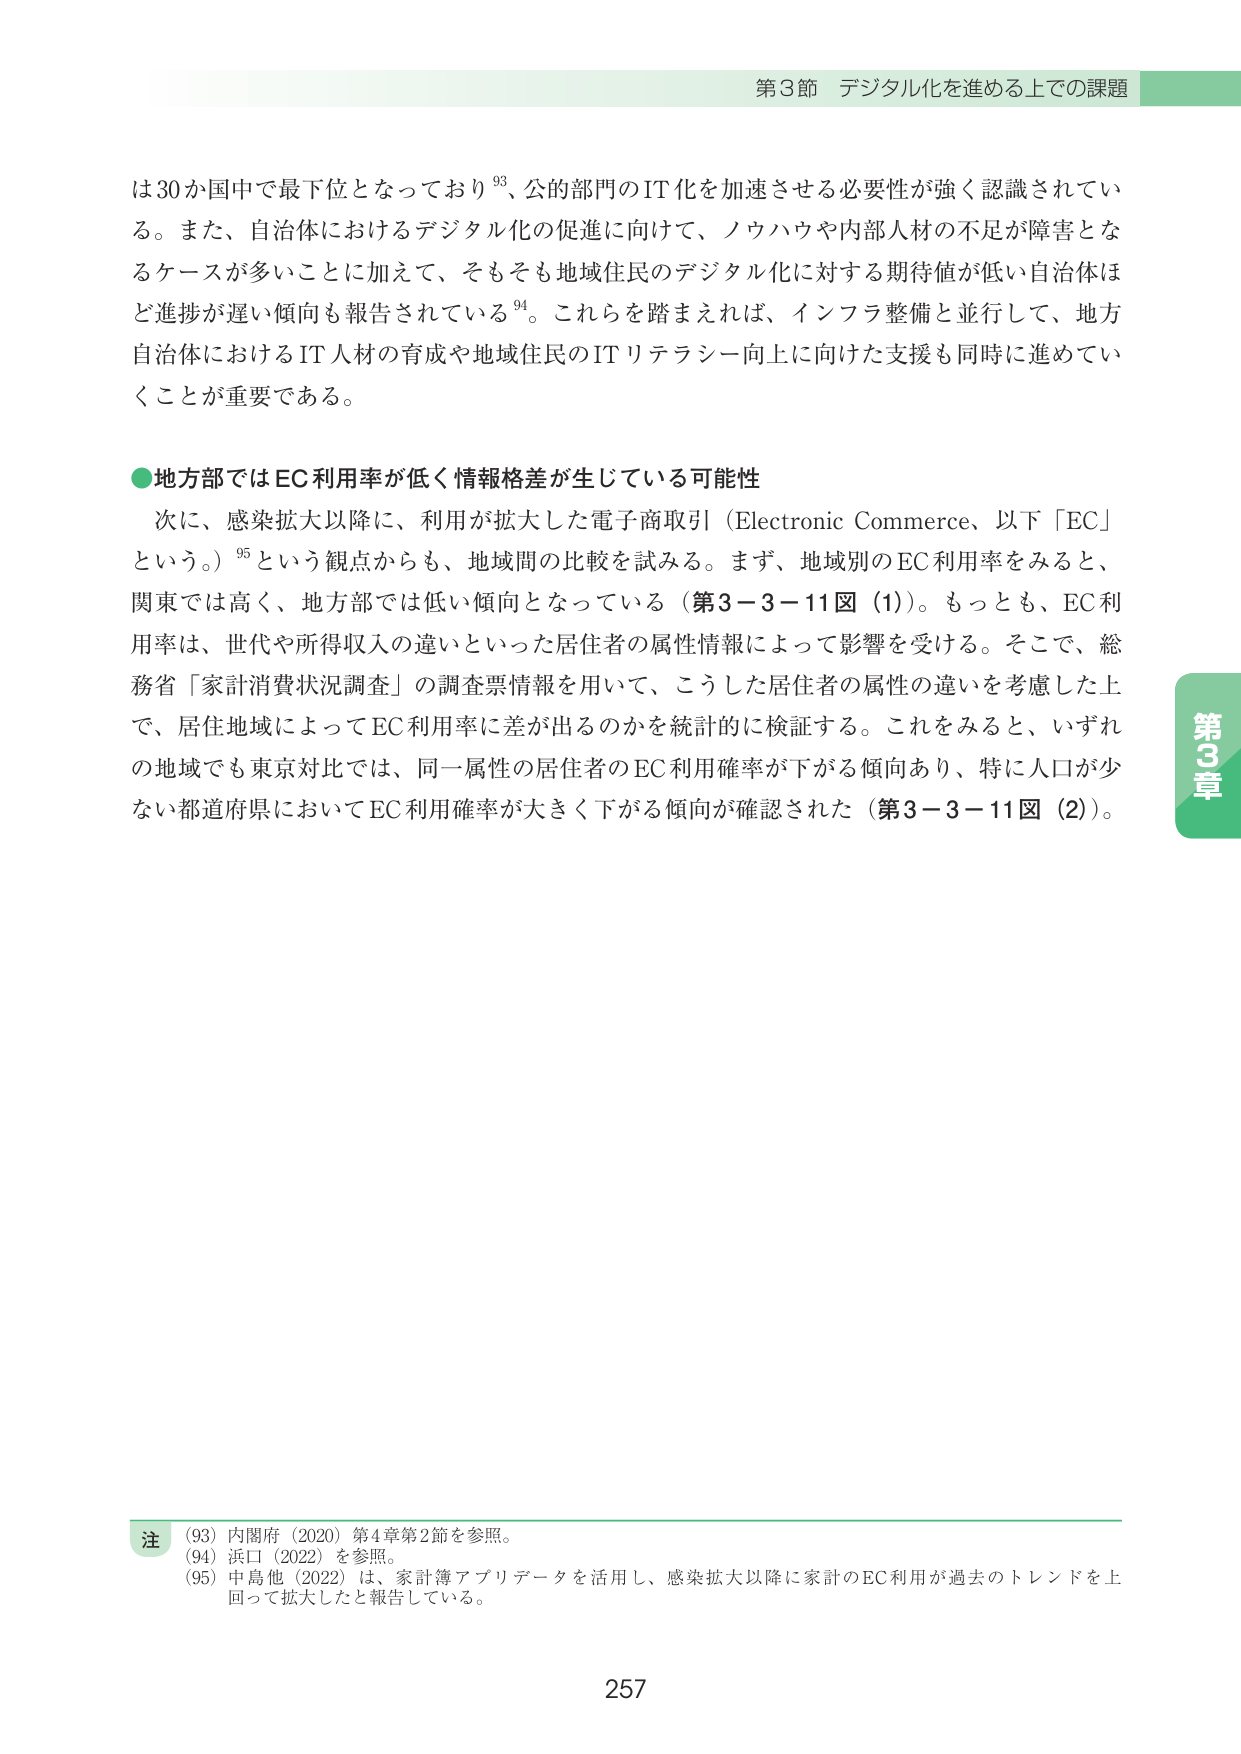
第3節 デジタル化を進める上での課題

は30か国中で最下位となっており⁹³、公的部門のIT化を加速させる必要性が強く認識されている。また、自治体におけるデジタル化の促進に向けて、ノウハウや内部人材の不足が障害となるケースが多いことに加えて、そもそも地域住民のデジタル化に対する期待値が低い自治体ほど進捗が遅い傾向も報告されている⁹⁴。これらを踏まえれば、インフラ整備と並行して、地方自治体におけるIT人材の育成や地域住民のITリテラシー向上に向けた支援も同時に進めていくことが重要である。

●地方部ではEC利用率が低く情報格差が生じている可能性

次に、感染拡大以降に、利用が拡大した電子商取引（Electronic Commerce、以下「EC」という。）⁹⁵という観点からも、地域間の比較を試みる。まず、地域別のEC利用率をみると、関東では高く、地方部では低い傾向となっている（第3－3－11図（1））。もっとも、EC利用率は、世代や所得収入の違いといった居住者の属性情報によって影響を受ける。そこで、総務省「家計消費状況調査」の調査票情報を用いて、こうした居住者の属性の違いを考慮した上で、居住地域によってEC利用率に差が出るのかを統計的に検証する。これをみると、いずれの地域でも東京対比では、同一属性の居住者のEC利用確率が下がる傾向あり、特に人口が少ない都道府県においてEC利用確率が大きく下がる傾向が確認された（第3－3－11図（2））。

注
（93）内閣府（2020）第4章第2節を参照。
（94）浜口（2022）を参照。
（95）中島他（2022）は、家計簿アプリデータを活用し、感染拡大以降に家計のEC利用が過去のトレンドを上回って拡大したと報告している。

第3章
257